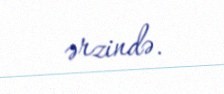
ərzində.